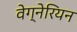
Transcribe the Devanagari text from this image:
वेग्नेरियन